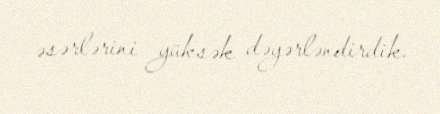
əsərlərini yüksək dəyərləndirdik.